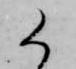
候